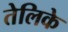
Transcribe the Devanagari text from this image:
तेलिके